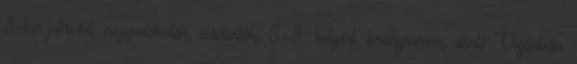
8-ba jutásért, negyeddöntők, elődöntők, 5–8. helyért, bronzmeccs, döntő Vízilabda